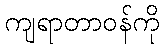
ကျရာတာဝန်ကို